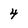
Character: 4